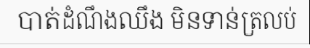
បាត់ដំណឹងឈឹង មិនទាន់ត្រលប់